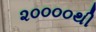
૨૦૦૦૦થી